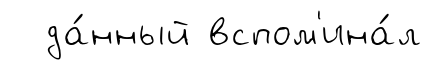
да́нный вспом'ина́л